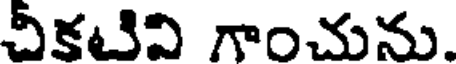
చికటిని గాంచును.